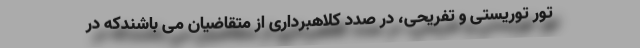
تور توریستی و تفریحی، در صدد کلاهبرداری از متقاضیان می باشندکه در